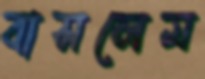
বাসলেম